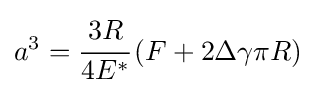
a^{3}={\cfrac {3R}{4E^{*}}}\left(F+2\Delta \gamma \pi R\right)